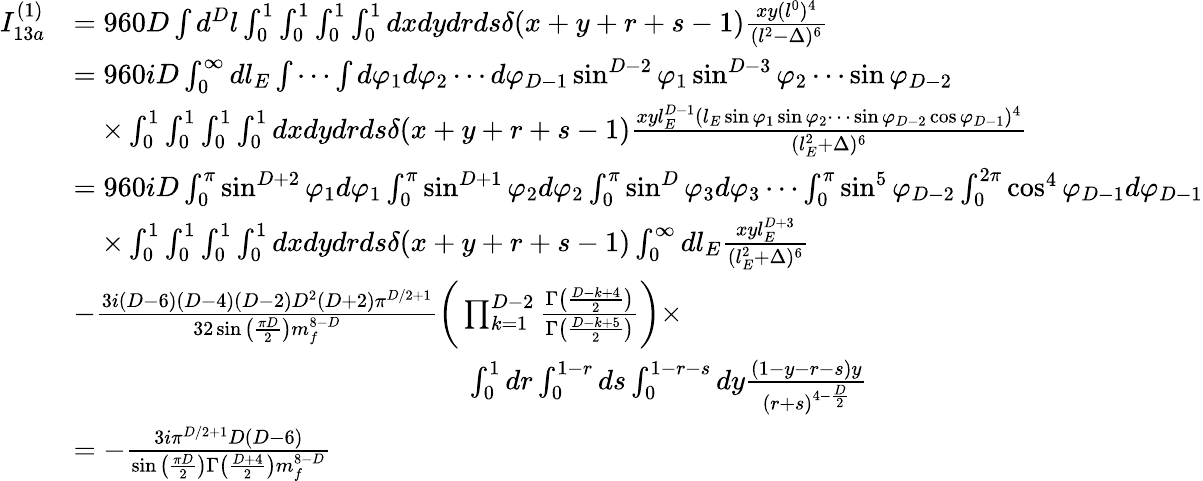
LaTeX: \begin{array}{rl}{I_{13a}^{(1)}}&{=960D\int d^{D}l\int_{0}^{1}\int_{0}^{1}\int_{0}^{1}\int_{0}^{1}dxdydrds\delta(x+y+r+s-1)\frac{xy(l^{0})^{4}}{(l^{2}-\Delta)^{6}}}\\ &{=960iD\int_{0}^{\infty}dl_{E}\int\cdots\int d\varphi_{1}d\varphi_{2}\cdots d\varphi_{D-1}\sin^{D-2}\varphi_{1}\sin^{D-3}\varphi_{2}\cdots\sin\varphi_{D-2}}\\ &{\quad\times\int_{0}^{1}\int_{0}^{1}\int_{0}^{1}\int_{0}^{1}dxdydrds\delta(x+y+r+s-1)\frac{xyl_{E}^{D-1}(l_{E}\sin\varphi_{1}\sin\varphi_{2}\cdots\sin\varphi_{D-2}\cos\varphi_{D-1})^{4}}{(l_{E}^{2}+\Delta)^{6}}}\\ &{=960iD\int_{0}^{\pi}\sin^{D+2}\varphi_{1}d\varphi_{1}\int_{0}^{\pi}\sin^{D+1}\varphi_{2}d\varphi_{2}\int_{0}^{\pi}\sin^{D}\varphi_{3}d\varphi_{3}\cdots\int_{0}^{\pi}\sin^{5}\varphi_{D-2}\int_{0}^{2\pi}\cos^{4}\varphi_{D-1}d\varphi_{D-1}}\\ &{\quad\times\int_{0}^{1}\int_{0}^{1}\int_{0}^{1}\int_{0}^{1}dxdydrds\delta(x+y+r+s-1)\int_{0}^{\infty}dl_{E}\frac{xyl_{E}^{D+3}}{(l_{E}^{2}+\Delta)^{6}}}\\ &{-\frac{3i(D-6)(D-4)(D-2)D^{2}(D+2)\pi^{D/2+1}}{32\sin\big(\frac{\pi D}{2}\big)m_{f}^{8-D}}\bigg(\prod_{k=1}^{D-2}\frac{\Gamma\big(\frac{D-k+4}{2}\big)}{\Gamma\big(\frac{D-k+5}{2}\big)}\bigg)\times}\\ &{\quad\quad\quad\quad\quad\quad\quad\quad\quad\quad\quad\quad\quad\quad\int_{0}^{1}dr\int_{0}^{1-r}ds\int_{0}^{1-r-s}dy\frac{(1-y-r-s)y}{(r+s)^{4-\frac{D}{2}}}}\\ &{=-\frac{3i\pi^{D/2+1}D(D-6)}{\sin\big(\frac{\pi D}{2}\big)\Gamma\big(\frac{D+4}{2}\big)m_{f}^{8-D}}}\end{array}